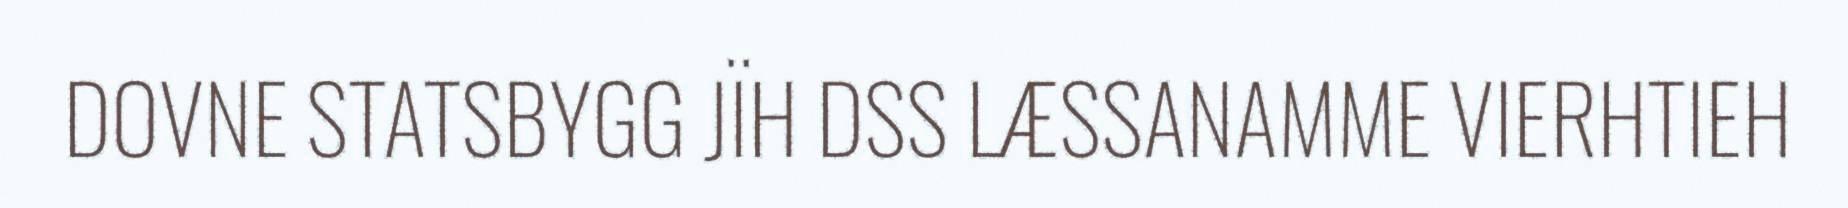
DOVNE STATSBYGG JÏH DSS LÆSSANAMME VIERHTIEH